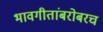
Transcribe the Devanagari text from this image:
भावगीतांबरोबरच